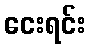
ငေးရင်း